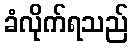
ခံလိုက်ရသည်